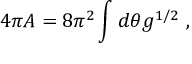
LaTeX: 4 \pi A = 8 \pi ^ { 2 } \int d \theta g ^ { 1 / 2 } \ ,